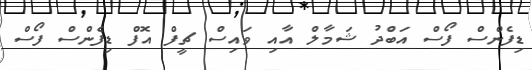
ޑިފެންސް ފޯސް އަބްދު ޝަމާލް އާއި ވައިސް ޗީފް އޮފް ޑިފެންސް ފޯސް